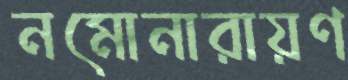
নমোনারায়ণ